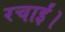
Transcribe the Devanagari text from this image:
रचाईं।